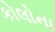
કોલોના